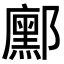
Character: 𮠒